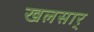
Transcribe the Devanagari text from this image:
खलसार्